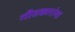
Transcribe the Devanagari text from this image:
गीतकारांना